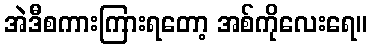
အဲဒီစကားကြားရတော့ အစ်ကိုလေးရေ။